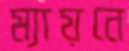
ম্যায়নে